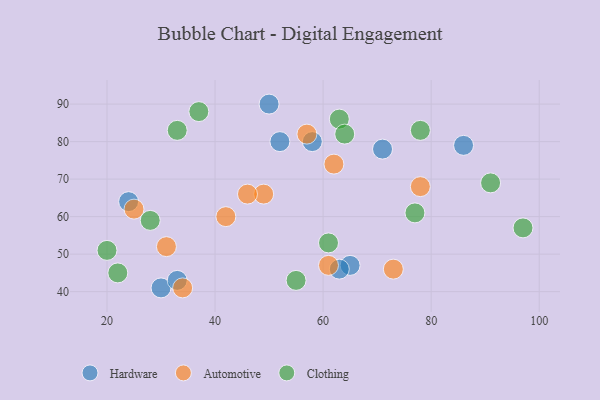
{"axis": {"x": "GDP", "y": "Life Expectancy"}, "legend": ["Automotive", "Clothing", "Hardware"], "data": [{"x": "30", "y": 41, "type": "Hardware"}, {"x": "65", "y": 47, "type": "Hardware"}, {"x": "86", "y": 79, "type": "Hardware"}, {"x": "63", "y": 46, "type": "Hardware"}, {"x": "33", "y": 43, "type": "Hardware"}, {"x": "71", "y": 78, "type": "Hardware"}, {"x": "58", "y": 80, "type": "Hardware"}, {"x": "24", "y": 64, "type": "Hardware"}, {"x": "50", "y": 90, "type": "Hardware"}, {"x": "52", "y": 80, "type": "Hardware"}, {"x": "57", "y": 82, "type": "Automotive"}, {"x": "61", "y": 47, "type": "Automotive"}, {"x": "73", "y": 46, "type": "Automotive"}, {"x": "49", "y": 66, "type": "Automotive"}, {"x": "34", "y": 41, "type": "Automotive"}, {"x": "78", "y": 68, "type": "Automotive"}, {"x": "25", "y": 62, "type": "Automotive"}, {"x": "62", "y": 74, "type": "Automotive"}, {"x": "42", "y": 60, "type": "Automotive"}, {"x": "46", "y": 66, "type": "Automotive"}, {"x": "31", "y": 52, "type": "Automotive"}, {"x": "78", "y": 83, "type": "Clothing"}, {"x": "37", "y": 88, "type": "Clothing"}, {"x": "97", "y": 57, "type": "Clothing"}, {"x": "20", "y": 51, "type": "Clothing"}, {"x": "91", "y": 69, "type": "Clothing"}, {"x": "61", "y": 53, "type": "Clothing"}, {"x": "77", "y": 61, "type": "Clothing"}, {"x": "22", "y": 45, "type": "Clothing"}, {"x": "33", "y": 83, "type": "Clothing"}, {"x": "63", "y": 86, "type": "Clothing"}, {"x": "64", "y": 82, "type": "Clothing"}, {"x": "55", "y": 43, "type": "Clothing"}, {"x": "28", "y": 59, "type": "Clothing"}]}